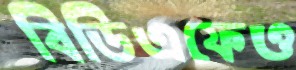
বিডিএফেও